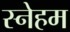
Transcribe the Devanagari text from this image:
स्नेहम